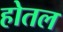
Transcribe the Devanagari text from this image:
होतल